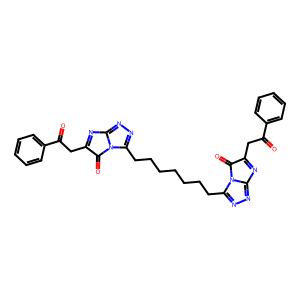
SMILES: O=C(CC1=Nc2nnc(CCCCCCCc3nnc4n3C(=O)C(CC(=O)c3ccccc3)=N4)n2C1=O)c1ccccc1
Inhibits HIV replication: No